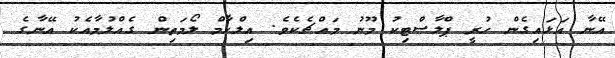
އޭނާ އަޅައިގެން ހުރީ ޕްލާސްޓިކު މޫނު މައްޗެކެވެ. އިލްހާމް ލޯމަތިން ގެއްލުމާއެކު އޭނާގެ